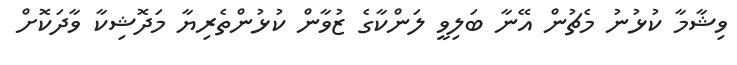
ވިޝާމާ ކުޅުނު މެޗުން އޭނާ ބަލިވީ ލަންކާގެ ޒުވާން ކުޅުންތެރިޔާ މަދޮޝިކާ ވާދަކޮށް